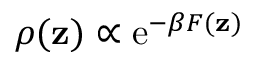
\rho ( \mathbf { z } ) \propto \operatorname { e } ^ { - \beta F ( \mathbf { z } ) }